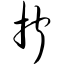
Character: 拧